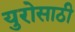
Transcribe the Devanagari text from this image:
युरोसाठी